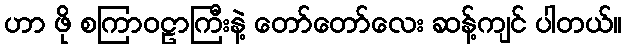
ဟာ ဖို စကြာဝဠာကြီးနဲ့ တော်တော်လေး ဆန့်ကျင် ပါတယ်။